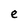
Character: e